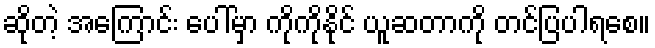
ဆိုတဲ့ အကြောင်း ပေါ်မှာ ကိုကိုနိုင် ယူဆတာကို တင်ပြပါရစေ။